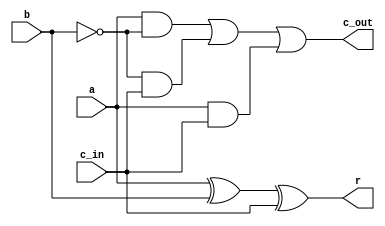
module one_bit_subtract (
    input a, b, c_in, output r, c_out 
);  
    assign r = (a ^ b) ^ c_in;
    assign c_out = ((a&(b^1'b1)) | ((b^1'b1) &c_in) | (a & c_in));
    
endmodule

module four_bit_subtract(
    input wire [3:0] a, b, 
    output wire [3:0] r, output wire c_out
);

    wire [3:0] c;
    one_bit_subtract sub0 (a[0], b[0], 1'b0, r[0], c[0]);
    one_bit_subtract sub1 (a[1], b[1], c[0], r[1], c[1]);
    one_bit_subtract sub2 (a[2], b[2], c[1], r[2], c[2]);
    one_bit_subtract sub3 (a[3], b[3], c[2], r[3], c[3]);
    assign c_out = c[3];
    
endmodule

module eight_bit_subtract(
    input wire [7:0] a, b, 
    output wire [7:0] r, output wire c_out
);

    wire [1:0] c;
    four_bit_subtract sube0 (a[3:0], b[3:0], r[3:0] , c[0]);
    four_bit_subtract sube1 (a[7:4], b[7:4], r[7:4] , c[1]);
    // one_bit_subtract sube1 (a[1], b[1], c[0], r[1], c[1]);
    assign c_out = c[1];
    
endmodule